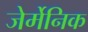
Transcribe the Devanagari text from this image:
जेर्मेनिक